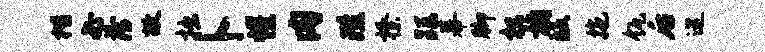
楷必薄故拙卜惺肉陛榛距幕脚枳桷皈拖瓴后巡